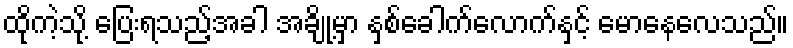
ထိုကဲ့သို့ ပြေးရသည့်အခါ အချို့မှာ နှစ်ခေါက်လောက်နှင့် မောနေလေသည်။